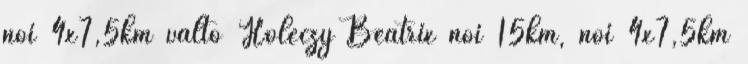
női 4x7,5km váltó Holéczy Beatrix női 15km, női 4x7,5km